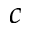
c